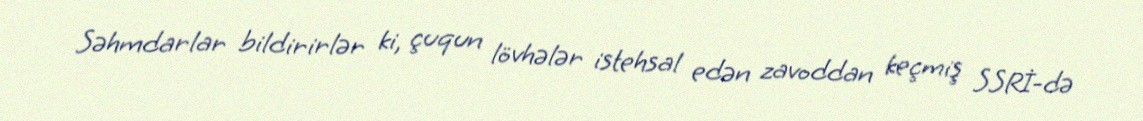
Səhmdarlar bildirirlər ki, çuqun lövhələr istehsal edən zavoddan keçmiş SSRİ-də